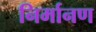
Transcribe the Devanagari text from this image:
निर्मानण